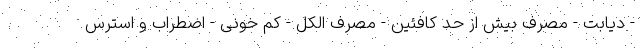
- دیابت - مصرف بیش از حد کافئین - مصرف الکل - کم خونی - اضطراب و استرس